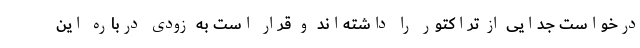
درخواست جدایی از تراکتور را داشته‌اند و قرار است به زودی درباره این